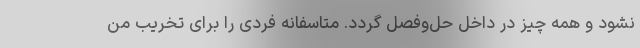
نشود و همه چیز در داخل حل‌وفصل گردد. متاسفانه فردی را برای تخریب من